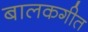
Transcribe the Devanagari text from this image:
बालकगीत